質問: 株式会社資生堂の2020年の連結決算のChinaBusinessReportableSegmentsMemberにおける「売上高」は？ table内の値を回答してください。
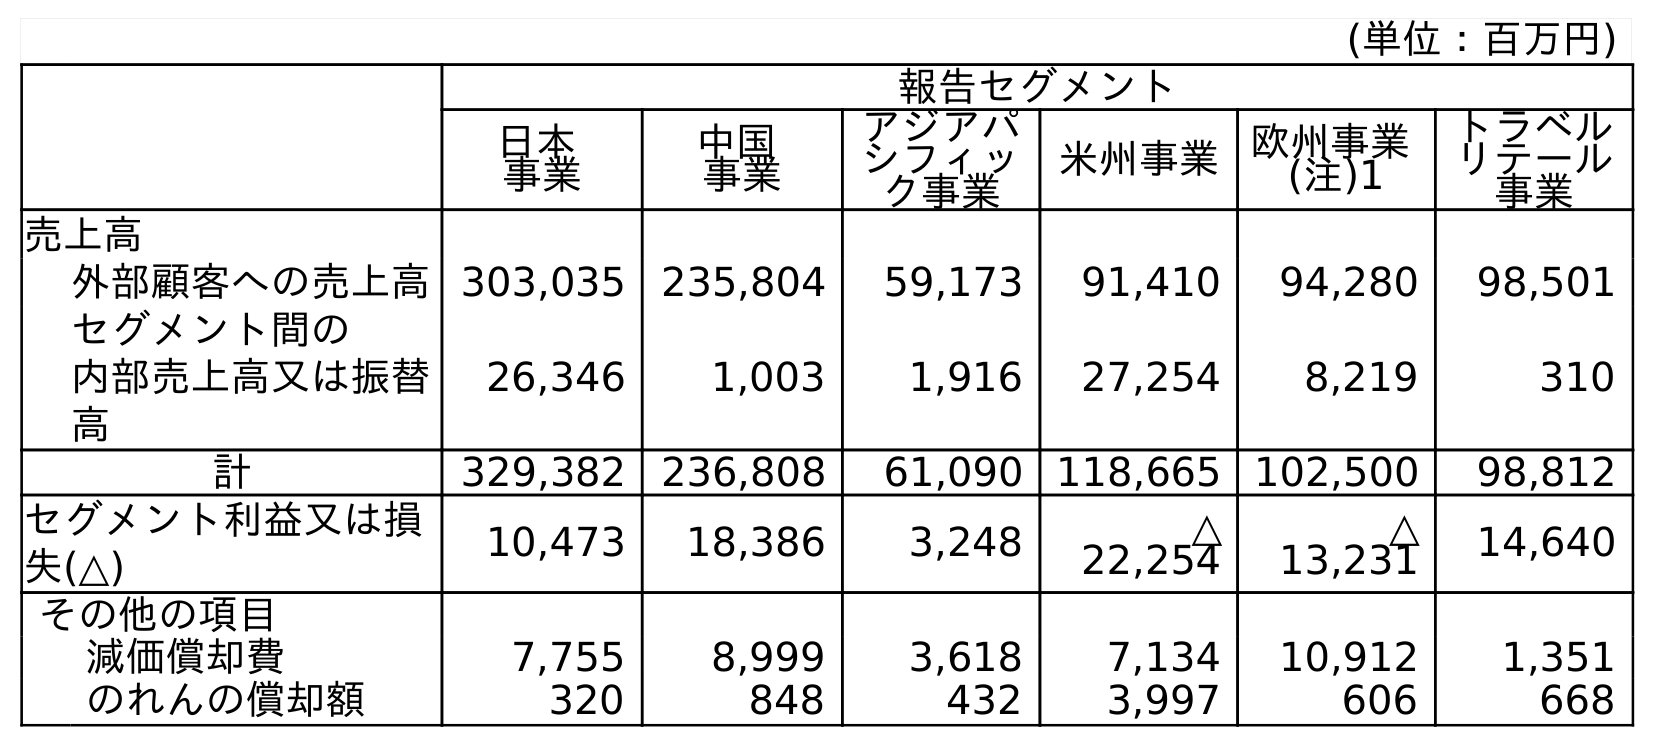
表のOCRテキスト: (単位：百万円) 報告セグメント 日本 事業 中国 事業 アジアパ シフィッ ク事業 米州事業欧州事業 (注)1 トラベル リテール 事業 売上高 外部顧客への売上高303,035 235,804 59,173 91,410 94,280 98,501 セグメント間の 内部売上高又は振替 高 26,346 1,003 1,916 27,254 8,219 310 計 329,382 236,808 61,090 118,665 102,500 98,812 セグメント利益又は損 失(△) 10,473 18,386 3,248 △ 22,254 △ 13,231 14,640 その他の項目 減価償却費 7,755 8,999 3,618 7,134 10,912 1,351 のれんの償却額 320 848 432 3,997 606 668
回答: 236,808